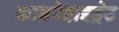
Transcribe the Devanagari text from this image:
काबरेहाइड्रेट